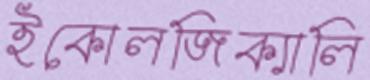
ইকোলজিক্যালি